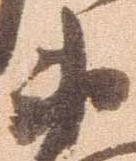
衛